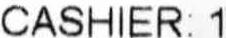
CASHIER: 1